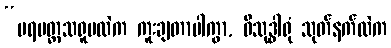
“ပရမတ္ထသရူပထဲက ကူးချတာပါကွာ, ဝိသုဒ္ဓါရုံ သုတ်နက်ထဲက